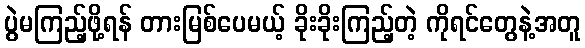
ပွဲမကြည့်ဖို့ရန် တားမြစ်ပေမယ့် ခိုးခိုးကြည့်တဲ့ ကိုရင်တွေနဲ့အတူ